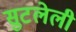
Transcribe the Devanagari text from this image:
सुटलेली